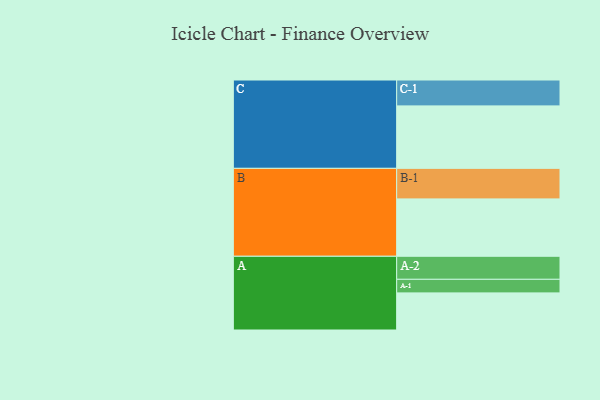
{"axis": {"x": "Segment", "y": "Value"}, "legend": ["", "A", "B", "C"], "data": [{"x": "A", "y": 350, "type": ""}, {"x": "B", "y": 541, "type": ""}, {"x": "C", "y": 589, "type": ""}, {"x": "A-1", "y": 128, "type": "A"}, {"x": "A-2", "y": 217, "type": "A"}, {"x": "B-1", "y": 288, "type": "B"}, {"x": "C-1", "y": 244, "type": "C"}]}